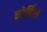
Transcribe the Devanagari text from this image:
कोर्बिस